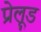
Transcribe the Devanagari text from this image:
प्रेलूड